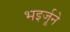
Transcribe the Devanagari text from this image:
भइर्जूने